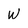
Character: W